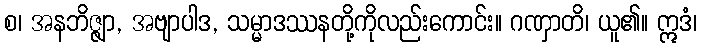
စ၊ အနဘိဇ္ဇျာ, အဗျာပါဒ, သမ္မာဒဿနတို့ကိုလည်းကောင်း။ ဂဏှာတိ၊ ယူ၏။ ဣဒံ၊